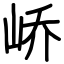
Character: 峤